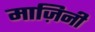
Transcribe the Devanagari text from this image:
माज़िनी